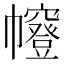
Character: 㡧